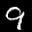
Label: 9